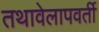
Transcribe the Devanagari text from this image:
तथावेलापवर्ती